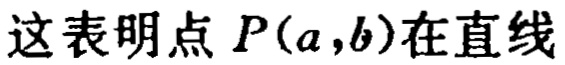
这表明点 \(P(a,b)\)在直线